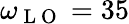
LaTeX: \omega_{\mathrm{~L~O~}}=35